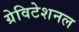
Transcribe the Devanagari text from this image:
ग्रेविटेशनल